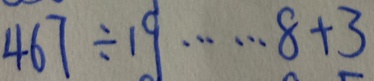
4 6 7 \div 1 9 \cdots 8 + 3